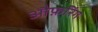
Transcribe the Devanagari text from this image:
औफ़रिंग